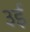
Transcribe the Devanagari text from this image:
३ई